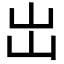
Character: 岀